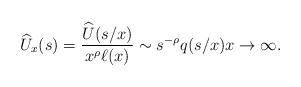
LaTeX: \begin{align*}\widehat U_x (s) = \frac{\widehat U(s/x)}{x^\rho \ell(x)}\sim s^{-\rho} q(s/x) x \to \infty.\end{align*}